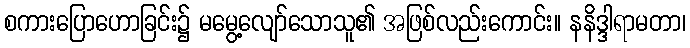
စကားပြောဟောခြင်း၌ မမွေ့လျော်သောသူ၏ အဖြစ်လည်းကောင်း။ နနိဒ္ဒါရာမတာ၊